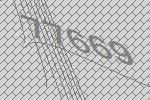
77669